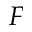
F